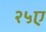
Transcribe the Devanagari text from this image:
२५ए